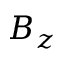
B _ { z }